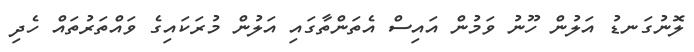
ލޮނުގަނޑު އަލުން ހޫނު ވަމުން އައިސް އެތަންތާގައި އަލުން މުރަކައިގެ ވައްތަރުތައް ހެދި